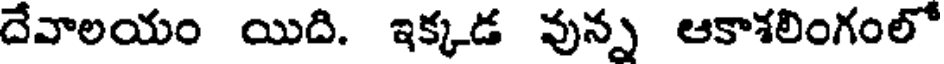
దేవాలయం యిది. ఇక్కడ వున్న ఆకాశలింగంలో